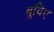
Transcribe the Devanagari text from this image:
बूविए